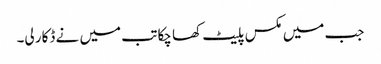
جب میں مکس پلیٹ کھا چکا تب میں نے ڈکار لی۔